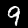
Label: 9